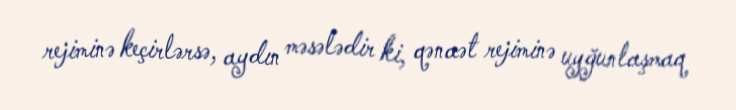
rejiminə keçirlərsə, aydın məsələdir ki, qənaət rejiminə uyğunlaşmaq